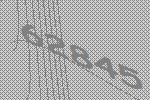
62845